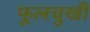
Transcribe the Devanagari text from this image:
फूलचुखी